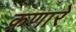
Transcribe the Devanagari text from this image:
क्रणारे